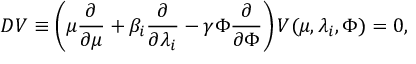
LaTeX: D V \equiv \left( \mu \frac { \partial } { \partial \mu } + \beta _ { i } \frac { \partial } { \partial \lambda _ { i } } - \gamma \Phi \frac { \partial } { \partial \Phi } \right) V ( \mu , \lambda _ { i } , \Phi ) = 0 ,